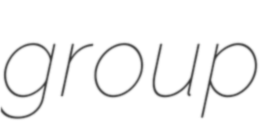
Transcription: group